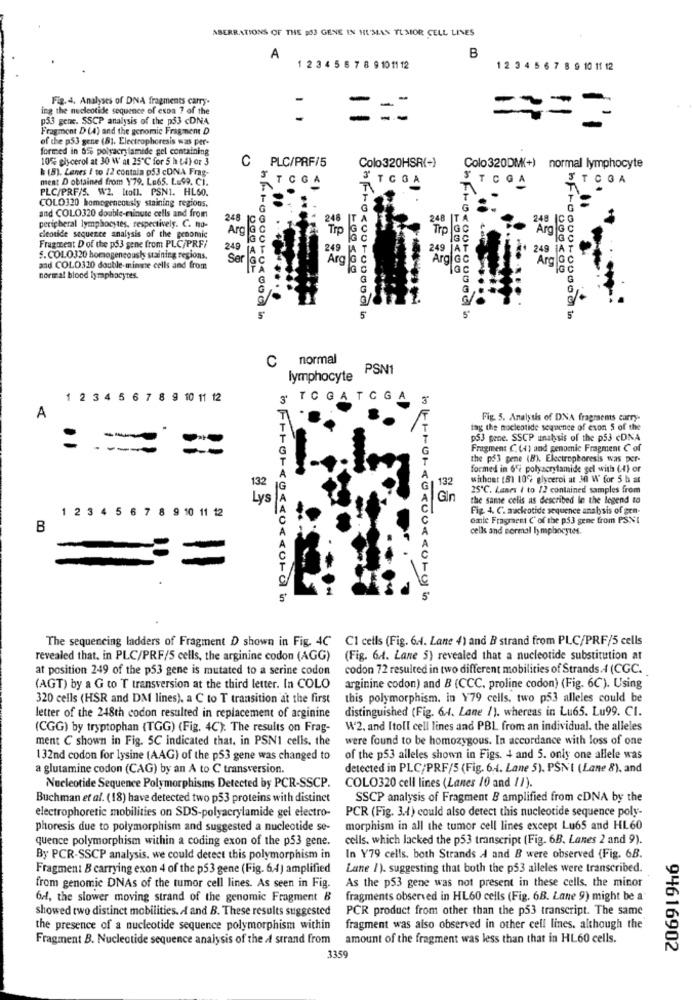
ABERRATIONS OF THE PS3 GENE IN HUMAN TLMOR CELL LINES
A
1 2 3 4 5 6 7 8 9 10 11 12
12 3 4 5 6 7 8 9 10 11 12
Fig. 4, Analyses of DNA fragments camry.
ing the nucleotide sequence of expa ? of the
==
p53 gene. SSCP analysis of the p53 <DNA
- --
= =
Fragment D (4) and the genomic Fragment D
of the p53 gene (81. Electrophoresis was per-
formed in 65% polyacrylamide gel containing
10% glycerol at 30 W at 25℃ for 5 h Li) or 3
C
PLC/PRF/5
h (8). Lanes / to /2 contain p53 cONA Frag-
Colo320HSR(-)
Colo 320DM(+) normal lymphocyte
ment D obtained from 179. Le65. L.99. CI.
TCGA
" TCGA
TCGA
3 TC GA
PLC/PRF/S. W2. Itoll. PSN1. HL60.
COLO320 homogeneously staining regions.
and COLO320 double-minute cells and from
248
248
248
IT
248
peripheral lymphocytes, respectively. C. no-
Arg la
Trp
Tro la
Arg
cleotide sequence analysis of the genomic
Fragment D of the p53 sene from PLC/PRF/
249
249
249
249
S.COLO320 homogeneoush staining regions.
Ser
Arg
Arg G
Arg
and COLO310 double-minute cells and from
10
normal blood lymphocytes.
hf40000400000 in
C normal
lymphocyte PSN1
1 2 3 4 5 6 7 8 9 10 11 12
3' TOGATCGA
A
Fig. 5. Analysis of DNA fragmems carry-
.
tag the nucleotide sequence of exon 5 of the
-
053 gene. SSCP unabsis of the p53 cDNA
- ----
Fragment C. (4) and genomic Fragment C of
the p$3 pene (8). Electrophoresis was per-
formed in 6% polyacrylamide gel with (4) or
without [81 10% glycerol at 30 W for 5 h a
132
25℃. Lanes i to /2 contained samples from
Gin
the same cells as described in the legend to
1 2 3 4 5 6 7 8 9 10 11 12
Fig. 4. C. mackotide sequence analysis of gen-
omie Fragment C' of the p53 gene from PSNI
B
cells and normal lymphocytes.
2
The sequencing ladders of Fragment D shown in Fig. 4C Cl cells (Fig. 6 .. Lane 4) and B strand from PLC/PRF/5 cells
revealed that. in PLC/PRF/5 cells, the arginine codon (AGG) (Fig. 6 .. Lane 5) revealed that a nucleotide substitution at
at position 249 of the p53 gene is mutated to a serine codon
codon 72 resulted in two different mobilities of Strands.4 (CGC.
(AGT) by a G to T transversion at the third letter. In COLO
arginine codon) and B (CCC, proline codon) (Fig. 6C). Using
320 cells (HSR and DMI lines), a C to T transition at the first
this polymorphism. in Y79 cells. two p53 alleles could be
distinguished (Fig. 6.4. Lane /). whereas in Lu65. Lu99. CI.
letter of the 248th codon resulted in replacement of arginine
(CGG) by tryptophan (TGG) (Fig. 4C). The results on Frag-
W2, and Itoll cell lines and PBL from an individual. the alleles
ment C shown in Fig. 5C indicated that, in PSNI cells. the
were found to be homozygous. In accordance with loss of one
132nd codon for lysine (AAG) of the p53 gene was changed to
of the p53 alleles shown in Figs. 4 and 5. only one allele was
a glutamine codon (CAG) by an A to C transversion.
detected in PLC/PRF/5 (Fig. 6.4. Lane 5). PŚNI (Lane 8), and
Nucleotide Sequence Polymorphisms Detected by PCR-SSCP.
COLO320 cell lines (Lanes /0 and 1/).
Buchman et al. (18) have detected two p53 proteins with distinct
SSCP analysis of Fragment B amplified from cDNA by the
PCR (Fig. 3.1) could also detect this nucleotide sequence poly-
electrophoretic mobilities on SDS-polyacrylamide gel electro-
phoresis due to polymorphism and suggested a nucleotide se-
morphism in all the tumor cell lines except Lu65 and HL60
quence polymorphism within a coding exon of the p53 gene.
cells, which lacked the p53 transcript (Fig. 6B. Lanes 2 and 9).
By PCR-SSCP analysis. we could detect this polymorphism in
In Y79 cells. both Strands A and B were observed (Fig. 6B.
Fragment B carrying exon 4 of the p53 gene (Fig. 6.4) amplified
Lune /). suggesting that both the p53 alleles were transcribed.
As the p53 gene was not present in these cells. the minor
from genomic DNAs of the tumor cell lines. As seen in Fig.
brl, the slower moving strand of the genomic Fragment B
fragments observed in HL60 cells (Fig. 68. Lane 9) might be a
showed two distinct mobilities. A and B. These results suggested
PCR product from other than the p53 transcript. The same
the presence of a nucleotide sequence polymorphism within
fragment was also observed in other cell lines. although the
Fragment B. Nucleotide sequence analysis of the / strand from amount of the fragment was less than that in HL60 cells.
94616902
3359